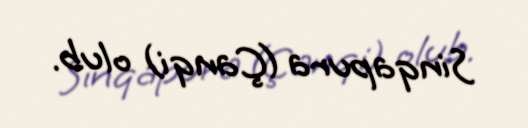
Sinqapura (Çanqi) olub.